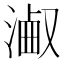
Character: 𣻋